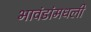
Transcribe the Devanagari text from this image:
भावंडांमधली